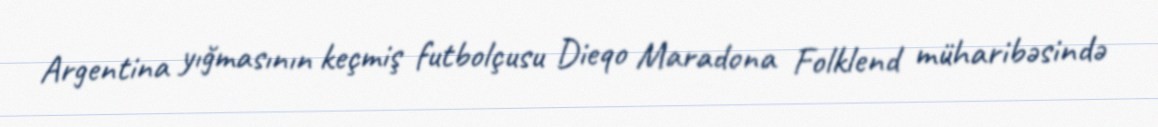
Argentina yığmasının keçmiş futbolçusu Dieqo Maradona Folklend müharibəsində